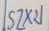
Text: SZX21